Civil Veterinary Department Bihar & Orissa reports 1922-29 - 1922-1929
Year: 1922
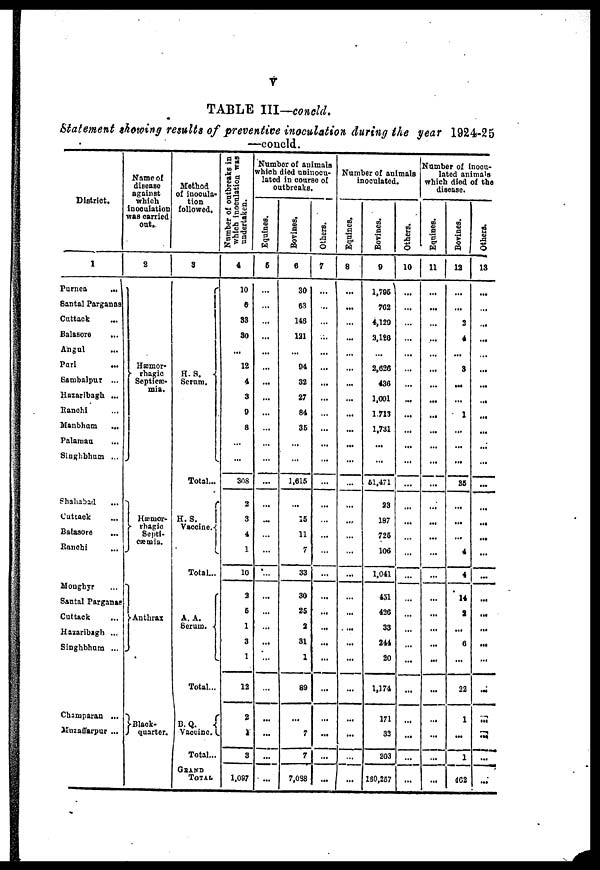
V
TABLE III—concld.
Statement showing results of preventive inoculation during the year 1924-25
—concld.
District.
1
Purnea
...
Santal Parganas
Cuttack
Balasoro
Angul
Pari
Sambalpur ...
Hazaribagh ...
Ranchi
Manbham
...
Palamau
Singhbhum ...
Shahabad
Cuttack
Balasore
Ranchi
Monghyr
Santal Parganas
Cuttack
Hazaribagh ...
Singhbhum ...
Champaran ...
Muzaffarpur ...
Name of
disease
against
which
inoculation
was carried
out.
2
Hæmor-
rhagic
Septcæ-
mia.
Hæmor-
rhagic
Septi-
cæmia.
Anthrax
Black-
quarter.
Method
of inocula-
tion
followed.
3
H. S.
Serum.
Total...
C
H. S.
Vaccine.
Total...
A. A.
Serum.
Total...
B.Q.
Vaccine.
Total...
Grand
TOTAL
Number of outbreaks in
which inoculation was
undertaken.
4
10
6
33
30
...
12
4
3
0
8
...
...
308
2
3
4
1
10
2
5
1
3
1
12
2
...
3
1,097
Number of animals
which died uninocu-
lated in course of
outbreaks.
Equi nes .
5
...
...
...
...
...
...
...
...
...
...
...
...
...
...
...
...
...
...
...
...
...
...
...
...
...
...
...
...
Borines.
6
30
63
146
121
...
94
32
27
84
36
...
...
1,615
...
15
11
7
33
30
25
2
31
1
89
...
7
7
7,098
Ot her s .
7
...
...
...
...
...
...
...
...
...
...
...
...
...
...
...
...
...
...
...
...
...
...
...
...
...
...
Numb
er of animals
mals
inoculated.
Equi nes .
8
...
...
...
...
...
...
...
...
...
...
...
...
...
...
...
...
...
...
...
...
...
...
...
...
...
Bovi nes .
0
1,706
702
4,129
3,186
...
2,626
436
1,001
1,713
1,731
...
...
61,471
23
187
725
106
1,041
451
426
33
244
20
1,174
171
32
203
130,257
Ot her s .
10
...
...
...
...
...
...
...
...
...
...
...
...
...
...
...
...
...
...
...
...
...
...
...
...
...
...
...
Number of inoeu-
latcd animals
which died of the
disease.
Equines.
11
...
...
...
...
...
...
...
...
...
...
...
...
...
...
...
...
....
....
...
...
...
...
...
...
...
...
...
...
Bovi nes .
12
...
...
2
4
...
3
...
...
1
...
...
...
86
...
...
...
4
4
14
2
...
6
...
22
1
...
1
462
Ot her s .
13
...
...
...
...
...
...
...
...
...
...
...
...
...
...
...
...
...
...
...
...
...
...
...
...
...
...
...
...